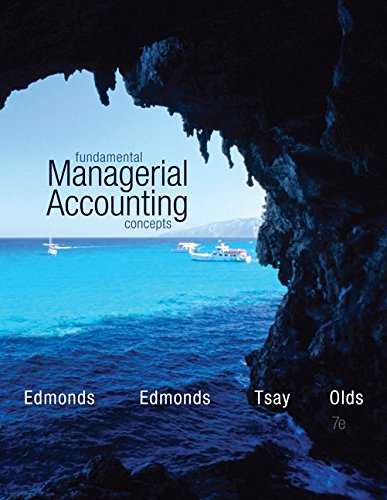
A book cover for Fundamental Managerial Accounting Concepts; Thomas Edmonds; Business & Money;